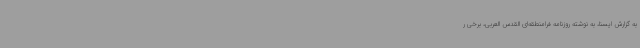
به گزارش ایسنا، به نوشته روزنامه فرامنطقه‌ای القدس العربی، برخی ر